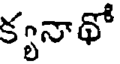
క్యనాథో